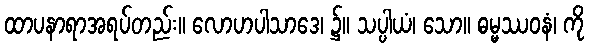
ထာပနာရာအရပ်တည်း။ လောဟပါသာဒေ၊ ၌။ သပ္ပါယံ၊ သော။ ဓမ္မဿဝနံ၊ ကို